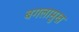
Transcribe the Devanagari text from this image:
बगलामुख